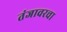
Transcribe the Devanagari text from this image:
तंजावरचा